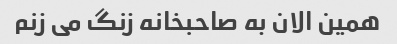
همین الان به صاحبخانه زنگ می زنم